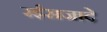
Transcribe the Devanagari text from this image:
रईसजादे